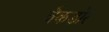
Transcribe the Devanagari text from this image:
बैकडोर